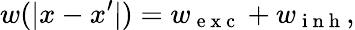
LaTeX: w(\lvert x-x^{\prime}\rvert)=w_{\mathrm{~e~x~c~}}+w_{\mathrm{~i~n~h~}},